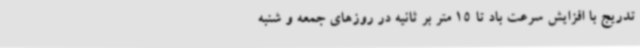
‌تدریج با افزایش سرعت باد تا 15 متر بر ثانیه در روزهای جمعه و شنبه